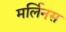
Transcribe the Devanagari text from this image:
मर्लिनस